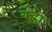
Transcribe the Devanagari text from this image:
क्ह्रो